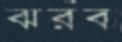
ঝরব